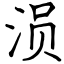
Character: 涢